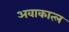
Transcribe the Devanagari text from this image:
अवाकात्ल